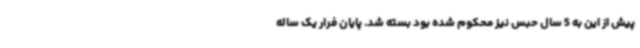
پیش از این به 5 سال حبس نیز محکوم شده بود بسته شد. پایان فرار یک ساله